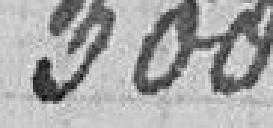
300.